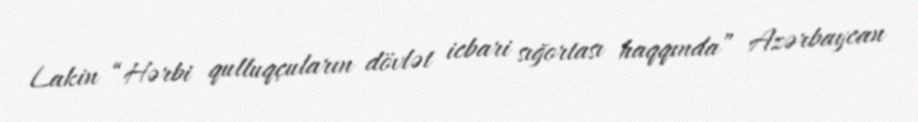
Lakin “Hərbi qulluqçuların dövlət icbari sığortası haqqında” Azərbaycan